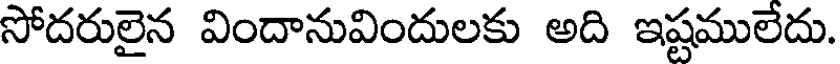
సోదరులైన విందానువిందులకు అది ఇష్టములేదు.